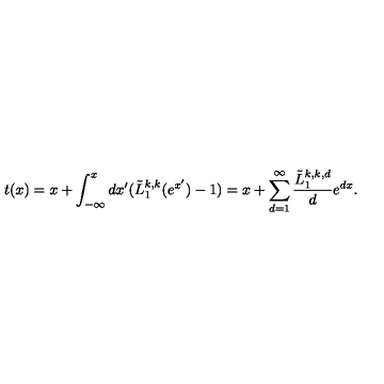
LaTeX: t ( x ) = x + \int _ { - \infty } ^ { x } d x ^ { \prime } ( { \tilde { L } _ { 1 } ^ { k , k } ( e ^ { x ^ { \prime } } ) } - 1 ) = x + \sum _ { d = 1 } ^ { \infty } \frac { \tilde { L } _ { 1 } ^ { k , k , d } } { d } e ^ { d x } .